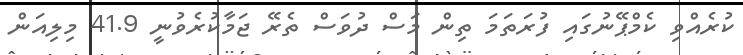
ކުރެއްވި ކެމްޕޭނުގައި ފުރަތަމަ ތިން މަސް ދުވަސް ތެރޭ ޖަމާކުރެވުނީ 41.9 މިލިއަން